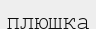
плюшка